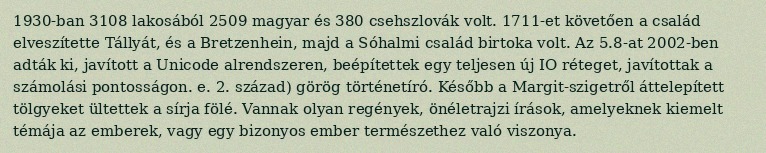
1930-ban 3108 lakosából 2509 magyar és 380 csehszlovák volt. 1711-et követően a család elveszítette Tállyát, és a Bretzenhein, majd a Sóhalmi család birtoka volt. Az 5.8-at 2002-ben adták ki, javított a Unicode alrendszeren, beépítettek egy teljesen új IO réteget, javítottak a számolási pontosságon. e. 2. század) görög történetíró. Később a Margit-szigetről áttelepített tölgyeket ültettek a sírja fölé. Vannak olyan regények, önéletrajzi írások, amelyeknek kiemelt témája az emberek, vagy egy bizonyos ember természethez való viszonya.